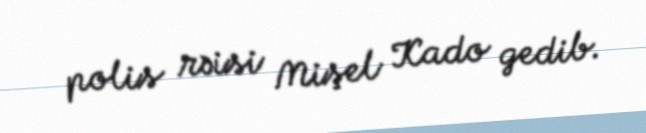
polis rəisi Mişel Kado gedib.